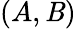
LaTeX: (A,\mathit{B})